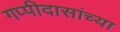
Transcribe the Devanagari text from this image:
गप्पीदासांच्या